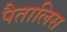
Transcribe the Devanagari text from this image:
पैतालिस